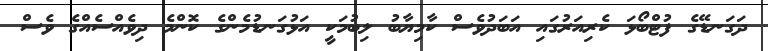
ދަގަނޑޭގެ ފުޓްބޯޅަ ކެރިއަރުގައި އަބަދުވެސް ކާމިޔާބު ލިބުމަކީ އަޅުގަނޑުމެންގެ ކޮންމެ ދިވެއްސެއްގެ ވެސް